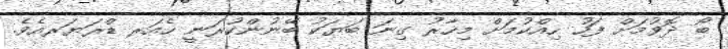
ބޯ ދޮވުމަށް ފަހު ހިއްކުމަށް މިހާރު ގިނަ ބަޔަކު ބޭނުންކުރަނީ ހެއަރ ޑްރަޔަރއެވެ.